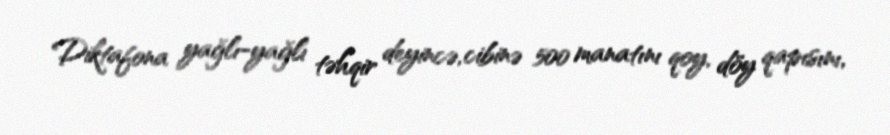
Diktafona yağlı-yağlı təhqir deyincə, cibinə 500 manatını qoy, döy qapısını,